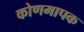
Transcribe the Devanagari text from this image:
कोणमापक